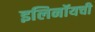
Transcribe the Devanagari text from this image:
इलिनॉयची